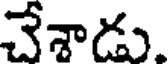
చేశాడు.